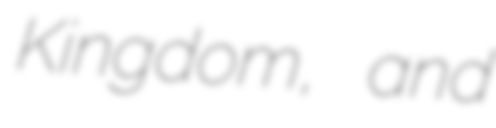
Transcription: Kingdom, and